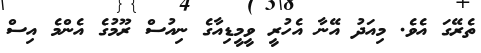
ތެރޭގަ އެވެ. މިއަދު އޭނާ އެހުރީ ވީމީޑިއާގެ ނިއުސް ރޫމުގެ އެންމެ އިސް